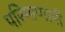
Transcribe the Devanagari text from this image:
परिमाणांनी